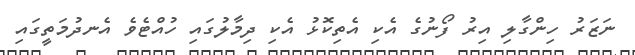
ނަޒަރު ހިންގާލި އިރު ފޯނުގެ އެކި އެތިކޮޅު އެކި ދިމާލުގައި ހުއްޓެވެ އެނދުމަތީގައި